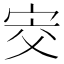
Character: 㝔